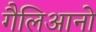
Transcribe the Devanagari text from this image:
गैलिआनो